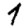
Digit: 1